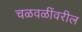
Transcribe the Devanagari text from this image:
चळवळींवरील